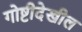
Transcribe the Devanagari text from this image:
गोष्टीदेखील